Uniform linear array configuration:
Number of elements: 32
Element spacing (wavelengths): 0.25
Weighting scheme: binomial
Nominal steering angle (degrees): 0
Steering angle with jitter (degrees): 1.43
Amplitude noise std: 0.05
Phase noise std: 0.05

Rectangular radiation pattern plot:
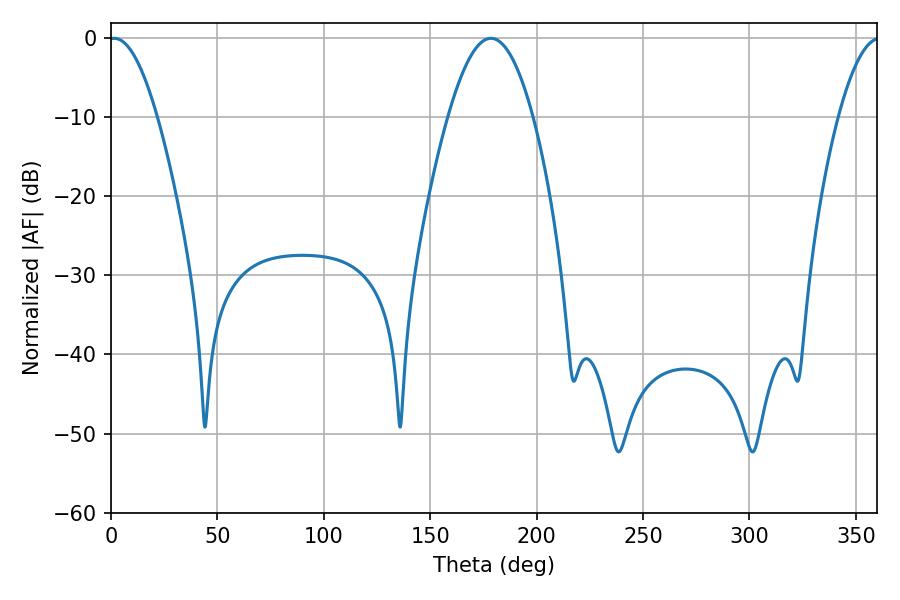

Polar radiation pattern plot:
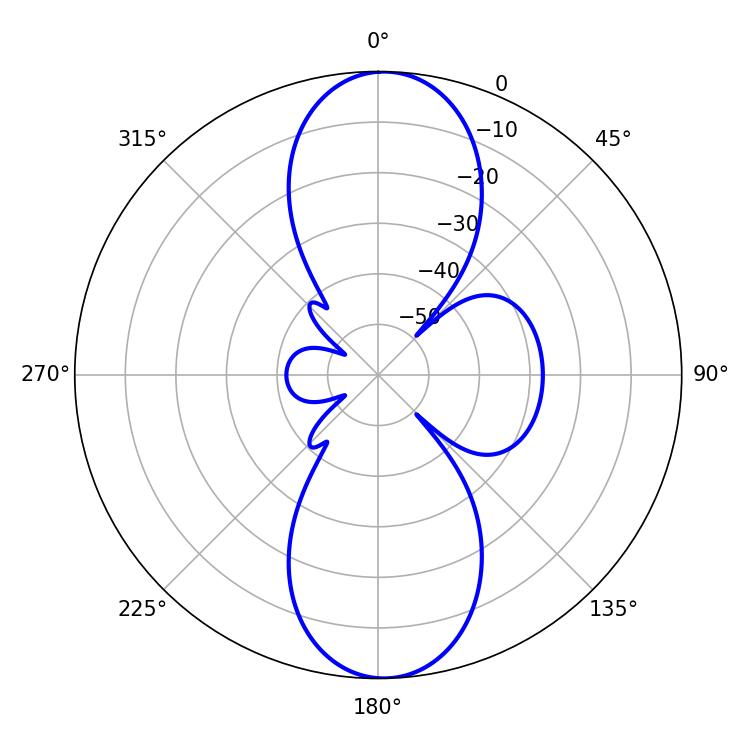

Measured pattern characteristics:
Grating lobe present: FALSE
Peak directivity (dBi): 19.035
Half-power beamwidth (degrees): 12.42
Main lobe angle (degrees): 1.44